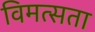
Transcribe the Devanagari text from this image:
विमत्सता